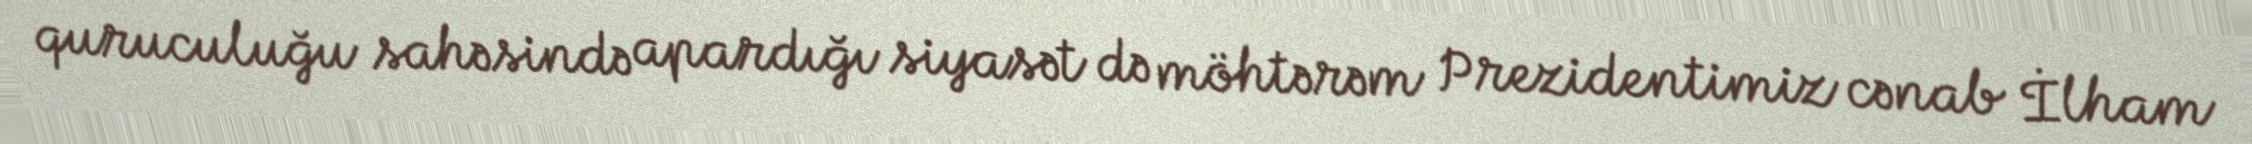
quruculuğu sahəsində apardığı siyasət də möhtərəm Prezidentimiz cənab İlham